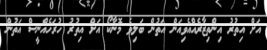
އަށް އިތުރު އިންތިޒާރެއްއެވިއަން އަތުން ބަލިވެ މޮނާކޯ އަށް އިތުރު ހުރަހެއްނީސް އަތުން